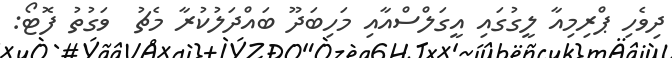
ދިވެހި ޕްރިމިއާ ލީގުގައި އީގަލްސްއާއި މަހިބަދޫ ބައްދަލުކުރާ މެޗު  ވަގުތު ފޮޓޯ: